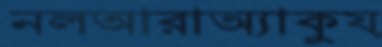
নলআরাঅ্যাকুয়